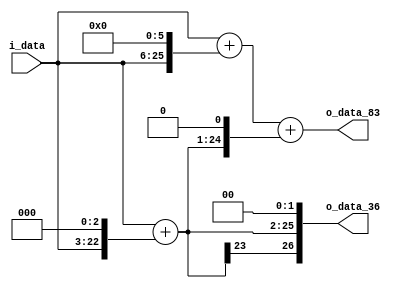
module spiral_0(
          i_data,
        o_data_36,
        o_data_83
);
input  signed [19:0]   i_data;
output signed [19+7:0] o_data_36;
output signed [19+7:0] o_data_83;
wire signed [26:0]	w1,
                    w8,
                    w9,
                    w64,
                    w65,
                    w18,
                    w83,
                    w36;
assign w1 = i_data;
assign w8 = w1 << 3;
assign w9 = w1 + w8;
assign w64 = w1 << 6;
assign w65 = w1 + w64;
assign w18 = w9 << 1;
assign w83 = w65 + w18;
assign w36 = w9 << 2;
assign o_data_36=w36;
assign o_data_83=w83;
endmodule